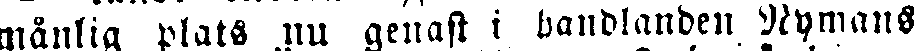
månlig plats nu genast i handlanden Nymans